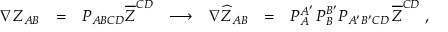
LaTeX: \begin{array} { c c c c c c c } { { \nabla Z _ { A B } } } & { { = } } & { { P _ { A B C D } \overline { { { Z } } } ^ { C D } } } & { { \longrightarrow } } & { { \nabla \widehat { Z } _ { A B } } } & { { = } } & { { { \cal P } _ { A } ^ { A ^ { \prime } } \, { \cal P } _ { B } ^ { B ^ { \prime } } P _ { A ^ { \prime } B ^ { \prime } C D } \, \overline { { { Z } } } ^ { C D } \ , } } \end{array}